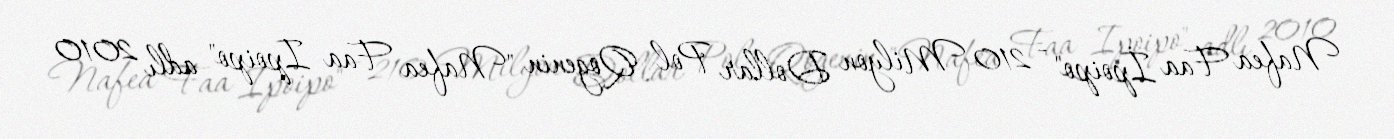
Nafea Faa İpoipo" - 210 Milyon Dollar Pol Qogenin "Nafea Faa Ipoipo" adlı 2010